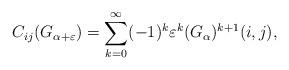
LaTeX: \begin{align*} C_{ij}(G_{\alpha+ \varepsilon}) = \sum_{k = 0}^{\infty}(-1)^k\varepsilon^k (G_{\alpha})^{k+1}(i,j),\end{align*}